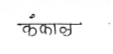
मजकूर: कंकाळ